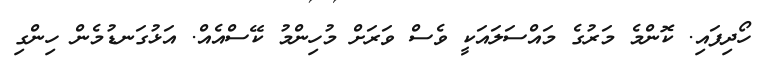
ހޯދިފައި. ކޮންމެ މަރުގެ މައްސަލައަކީ ވެސް ވަރަށް މުހިންމު ކޭސްއެއް. އަޅުގަނޑުމެން ހިންގި